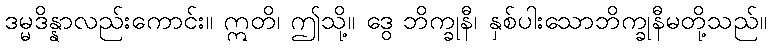
ဒမ္မဒိန္နာလည်းကောင်း။ ဣတိ၊ ဤသို့။ ဒွေ ဘိက္ခုနီ၊ နှစ်ပါးသောဘိက္ခုနီမတို့သည်။